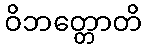
ဝိဘတ္တောတိ